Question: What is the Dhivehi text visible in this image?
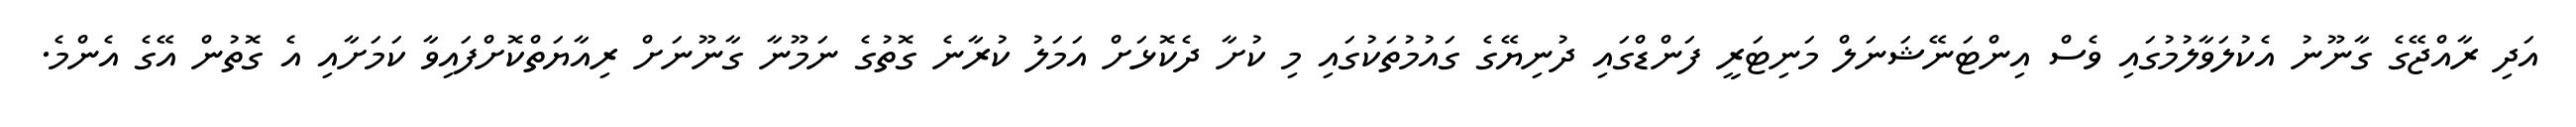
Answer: އަދި ރާއްޖޭގެ ގާނޫނު އެކުލަވާލުމުގައި ވެސް އިންޓަނޭޝަނަލް މަނިޓަރީ ފަންޑްގައި ދުނިޔޭގެ ގައުމުތަކުގައި މި ކުށާ ދެކޮޅަށް އަމަލު ކުރާނެ ގޮތުގެ ނަމޫނާ ގާނޫނަށް ރިއާޔަތްކޮށްފައިވާ ކަމަށާއި އެ ގޮތުން އޭގެ އެންމެ.